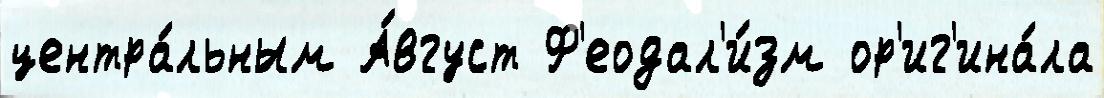
центра́льным А́вгуст Ф'еодал'и́зм ор'иг'ина́ла